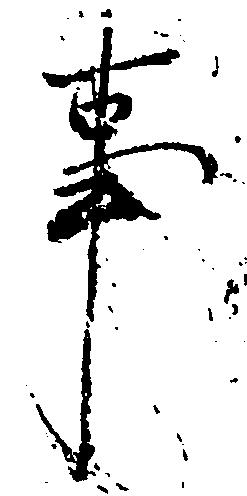
事